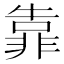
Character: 靠